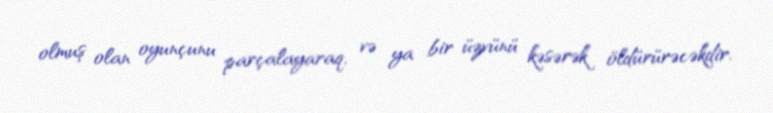
olmuş olan oyunçunu parçalayaraq, və ya bir üzvünü kəsərək öldürürəcəkdir.